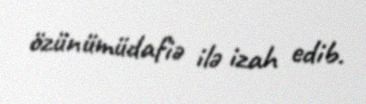
özünümüdafiə ilə izah edib.